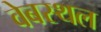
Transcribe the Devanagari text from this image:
वेबस्थल